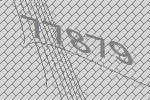
77879